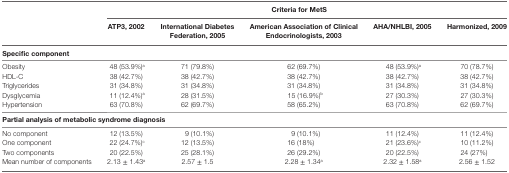
<table><thead><tr><td rowspan="2"></td><td colspan="5"><b>Criteria for MetS</b></td></tr><tr><td><b>ATP3, 2002</b></td><td><b>International Diabetes Federation, 2005</b></td><td><b>American Association of Clinical Endocrinologists, 2003</b></td><td><b>AHA/NHLBI, 2005</b></td><td><b>Harmonized, 2009</b></td></tr></thead><tbody><tr><td colspan="6"><b>Specific component</b></td></tr><tr><td>Obesity</td><td>48 (53.9%)<sup>a</sup></td><td>71 (79.8%)</td><td>62 (69.7%)</td><td>48 (53.9%)<sup>a</sup></td><td>70 (78.7%)</td></tr><tr><td>HDL-C</td><td>38 (42.7%)</td><td>38 (42.7%)</td><td>38 (42.7%)</td><td>38 (42.7%)</td><td>38 (42.7%)</td></tr><tr><td>Triglycerides</td><td>31 (34.8%)</td><td>31 (34.8%)</td><td>31 (34.8%)</td><td>31 (34.8%)</td><td>31 (34.8%)</td></tr><tr><td>Dysglycemia</td><td>11 (12.4%)<sup>a</sup></td><td>28 (31.5%)</td><td>15 (16.9%)<sup>b</sup></td><td>27 (30.3%)</td><td>27 (30.3%)</td></tr><tr><td>Hypertension</td><td>63 (70.8%)</td><td>62 (69.7%)</td><td>58 (65.2%)</td><td>63 (70.8%)</td><td>62 (69.7%)</td></tr><tr><td colspan="6"><b>Partial analysis of metabolic syndrome diagnosis</b></td></tr><tr><td>No component</td><td>12 (13.5%)</td><td>9 (10.1%)</td><td>9 (10.1%)</td><td>11 (12.4%)</td><td>11 (12.4%)</td></tr><tr><td>One component</td><td>22 (24.7%)<sup>c</sup></td><td>12 (13.5%)</td><td>16 (18%)</td><td>21 (23.6%)<sup>c</sup></td><td>10 (11.2%)</td></tr><tr><td>Two components</td><td>20 (22.5%)</td><td>25 (28.1%)</td><td>26 (29.2%)</td><td>20 (22.5%)</td><td>24 (27%)</td></tr><tr><td>Mean number of components</td><td>2.13 ± 1.43<sup>a</sup></td><td>2.57 ± 1.5</td><td>2.28 ± 1.34<sup>a</sup></td><td>2.32 ± 1.58<sup>a</sup></td><td>2.56 ± 1.52</td></tr></tbody></table>